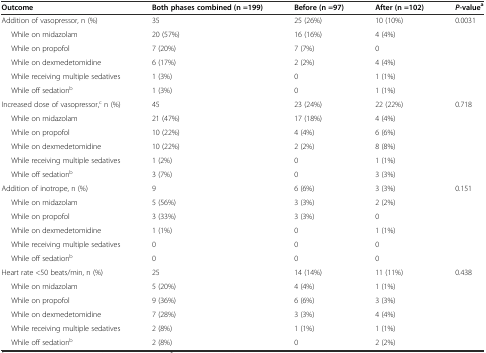
| Outcome | Both phases combined (n =199) | Before (n =97) | After (n =102) | P-valuea |
 | --- | --- | --- | --- | --- |
 | Addition of vasopressor, n (%) | 35 | 25 (26%) | 10 (10%) | 0.0031 |
 | While on midazolam | 20 (57%) | 16 (16%) | 4 (4%) |  |
 | While on propofol | 7 (20%) | 7 (7%) | 0 |  |
 | While on dexmedetomidine | 6 (17%) | 2 (2%) | 4 (4%) |  |
 | While receiving multiple sedatives | 1 (3%) | 0 | 1 (1%) |  |
 | While off sedationb | 1 (3%) | 0 | 1 (1%) |  |
 | Increased dose of vasopressor,c n (%) | 45 | 23 (24%) | 22 (22%) | 0.718 |
 | While on midazolam | 21 (47%) | 17 (18%) | 4 (4%) |  |
 | While on propofol | 10 (22%) | 4 (4%) | 6 (6%) |  |
 | While on dexmedetomidine | 10 (22%) | 2 (2%) | 8 (8%) |  |
 | While receiving multiple sedatives | 1 (2%) | 0 | 1 (1%) |  |
 | While off sedationb | 3 (7%) | 0 | 3 (3%) |  |
 | Addition of inotrope, n (%) | 9 | 6 (6%) | 3 (3%) | 0.151 |
 | While on midazolam | 5 (56%) | 3 (3%) | 2 (2%) |  |
 | While on propofol | 3 (33%) | 3 (3%) | 0 |  |
 | While on dexmedetomidine | 1 (1%) | 0 | 1 (1%) |  |
 | While receiving multiple sedatives | 0 | 0 | 0 |  |
 | While off sedationb | 0 | 0 | 0 |  |
 | Heart rate <50 beats/min, n (%) | 25 | 14 (14%) | 11 (11%) | 0.438 |
 | While on midazolam | 5 (20%) | 4 (4%) | 1 (1%) |  |
 | While on propofol | 9 (36%) | 6 (6%) | 3 (3%) |  |
 | While on dexmedetomidine | 7 (28%) | 3 (3%) | 4 (4%) |  |
 | While receiving multiple sedatives | 2 (8%) | 1 (1%) | 1 (1%) |  |
 | While off sedationb | 2 (8%) | 0 | 2 (2%) |  |